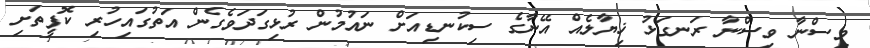
ވިސްނާ ވިސްނާ ރަނގަޅު ޚިޔާލެއް އޭނާގެ ސިކުނޑިއަށް ނައުމުން ރުޅިގަދަވެގެން އަތުގައިހުރި ކޮފީތަށި